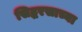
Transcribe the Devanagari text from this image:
सिद्धरसाच्या